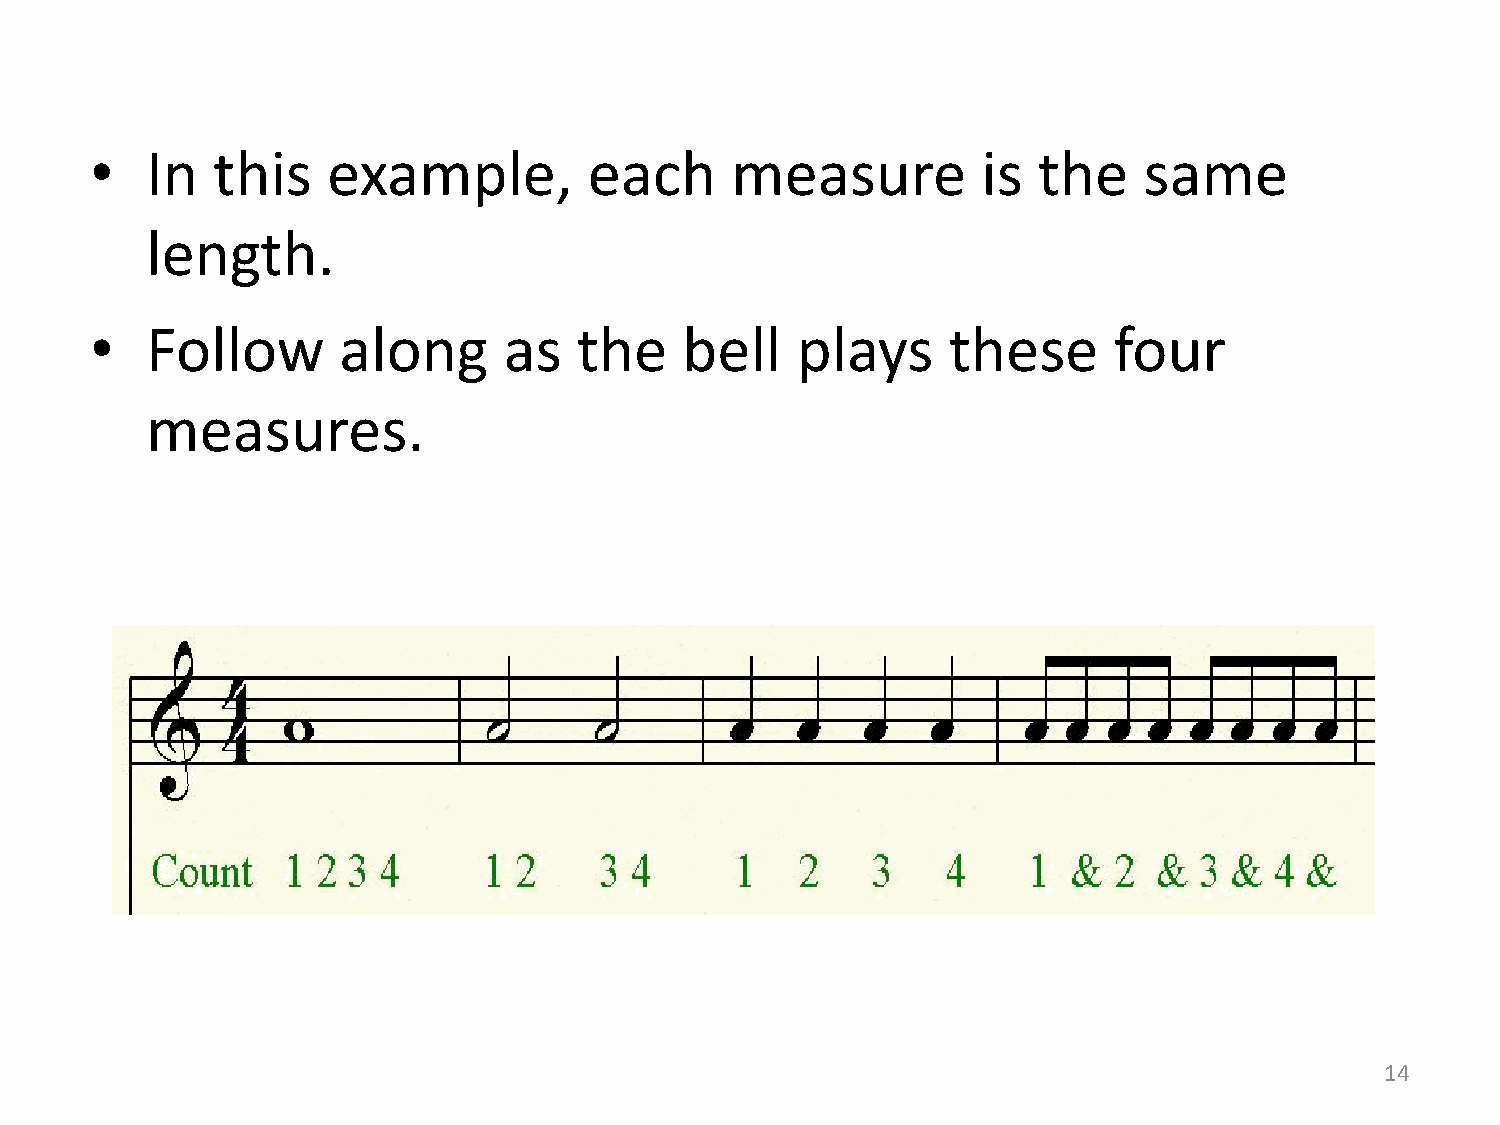
•   In  this    example,         each     measure          is  the    same
 length.
 •   Follow      along      as   the    bell    plays     these      four
 measures.
 14